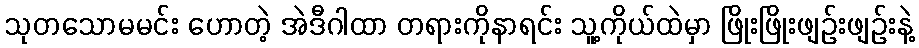
သုတသောမမင်း ဟောတဲ့ အဲဒီဂါထာ တရားကိုနာရင်း သူ့ကိုယ်ထဲမှာ ဖြိုးဖြိုးဖျဉ်းဖျဉ်းနဲ့